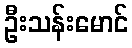
ဦးသန်းမောင်